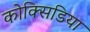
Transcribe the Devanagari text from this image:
कोक्सिडिया